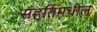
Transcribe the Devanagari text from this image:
संहतिंमधील